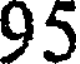
95